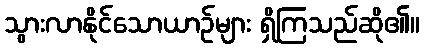
သွားလာနိုင်သောယာဉ်များ ရှိကြသည်ဆို၏။